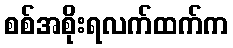
စစ်အစိုးရလက်ထက်က